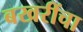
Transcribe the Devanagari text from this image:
बखरींचा